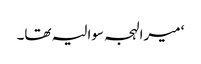
‘ میرا لہجہ سوالیہ تھا۔